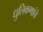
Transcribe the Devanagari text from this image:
धुलिकणांचे